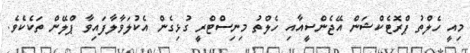
މިއީ ހެލްތު ޕްރޮޓެކްޝަން އޭޖެންސީއާއި ހެލްތު މިނިސްޓްރީ ގުޅިގެން އެކުލަވާލާފައިވާ ޕްލޭން ތަކެކެވެ.